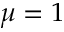
\mu = 1